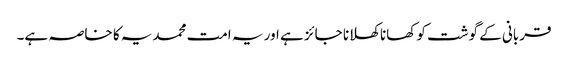
قربانی کے گوشت کو کھانا کھلانا جائز ہے اور یہ امت محمدیہ کا خاصہ ہے۔